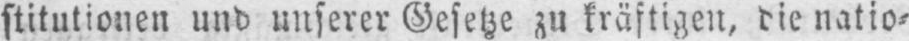
stitutionen und unserer Gesetze zu kräftigen, die natio⸗